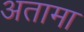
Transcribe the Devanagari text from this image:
अतामा